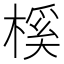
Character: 榽